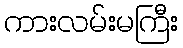
ကားလမ်းမကြီး